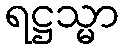
ရဋ္ဌသ္မာ